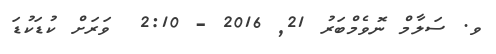
ވ. ސަލާމް ނޮވެމްބަރު 21